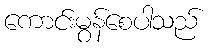
ကောင်းမွန်စေပါသည်